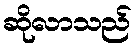
ဆိုလာသည်